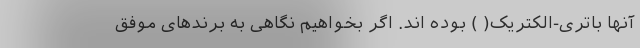
آنها باتری-الکتریک( ) بوده اند. اگر بخواهیم نگاهی به برندهای موفق